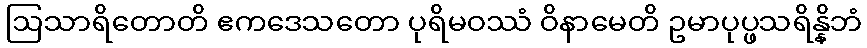
ဩသာရိတောတိ ဧကဒေသတော ပုရိမဝဿံ ဝိနာမေတိ ဥမာပုပ္ဖသရိန္နိဘံ